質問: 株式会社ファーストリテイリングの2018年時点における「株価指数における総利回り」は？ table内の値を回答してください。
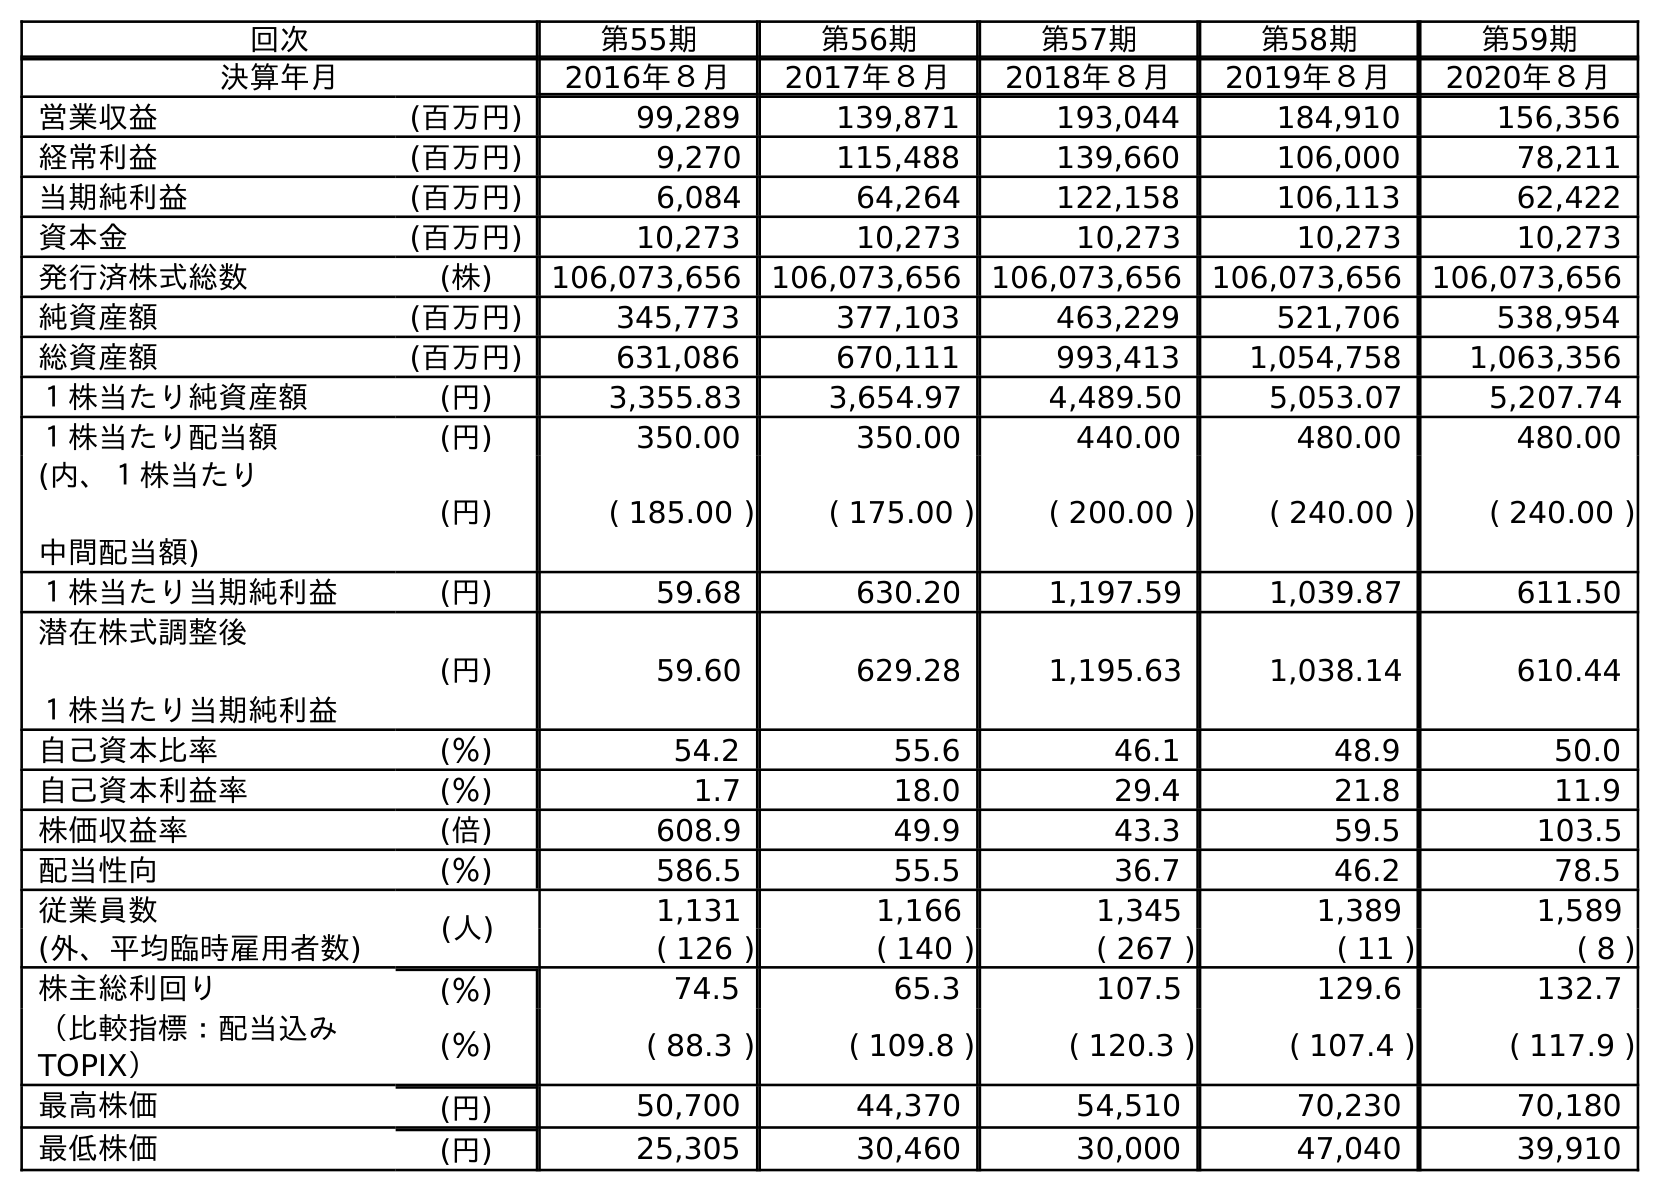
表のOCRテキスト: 回次 第55期 第56期 第57期 第58期 第59期 決算年月 2016年８月 2017年８月 2018年８月 2019年８月 2020年８月 営業収益 (百万円) 99,289 139,871 193,044 184,910 156,356 経常利益 (百万円) 9,270 115,488 139,660 106,000 78,211 当期純利益 (百万円) 6,084 64,264 122,158 106,113 62,422 資本金 (百万円) 10,273 10,273 10,273 10,273 10,273 発行済株式総数 (株) 106,073,656 106,073,656 106,073,656 106,073,656 106,073,656 純資産額 (百万円) 345,773 377,103 463,229 521,706 538,954 総資産額 (百万円) 631,086 670,111 993,413 1,054,758 1,063,356 １株当たり純資産額 (円) 3,355.83 3,654.97 4,489.50 5,053.07 5,207.74 １株当たり配当額 (円) 350.00 350.00 440.00 480.00 480.00 (内、１株当たり 中間配当額) (円) ( 185.00 ) ( 175.00 ) ( 200.00 ) ( 240.00 ) ( 240.00 ) １株当たり当期純利益 (円) 59.68 630.20 1,197.59 1,039.87 611.50 潜在株式調整後 １株当たり当期純利益 (円) 59.60 629.28 1,195.63 1,038.14 610.44 自己資本比率 (％) 54.2 55.6 46.1 48.9 50.0 自己資本利益率 (％) 1.7 18.0 29.4 21.8 11.9 株価収益率 (倍) 608.9 49.9 43.3 59.5 103.5 配当性向 (％) 586.5 55.5 36.7 46.2 78.5 従業員数 (人) 1,131 1,166 1,345 1,389 1,589 (外、平均臨時雇用者数) ( 126 ) ( 140 ) ( 267 ) ( 11 ) ( 8 ) 株主総利回り (％) 74.5 65.3 107.5 129.6 132.7 （比較指標：配当込み TOPIX） (％) ( 88.3 ) ( 109.8 ) ( 120.3 ) ( 107.4 ) ( 117.9 ) 最高株価 (円) 50,700 44,370 54,510 70,230 70,180 最低株価 (円) 25,305 30,460 30,000 47,040 39,910
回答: (120.3)